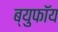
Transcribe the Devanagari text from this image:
ब्युफॉय